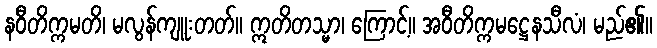
နဝီတိက္ကမတိ၊ မလွန်ကျူးတတ်။ ဣတိတသ္မာ၊ ကြောင့်။ အဝီတိက္ကမဋ္ဌေနသီလံ၊ မည်၏။